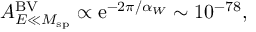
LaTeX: { \cal A } _ { E \ll M _ { \mathrm { s p } } } ^ { \mathrm { B V } } \propto \mathrm { e } ^ { - 2 \pi / \alpha _ { W } } \sim 1 0 ^ { - 7 8 } ,